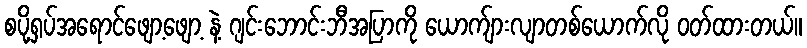
စပို့ရှပ်အရောင်ဖျော့ဖျော့ နဲ့ ဂျင်းဘောင်းဘီအပြာကို ယောက်ျားလျာတစ်ယောက်လို ဝတ်ထားတယ်။